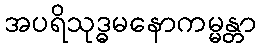
အပရိသုဒ္ဓမနောကမ္မန္တာ